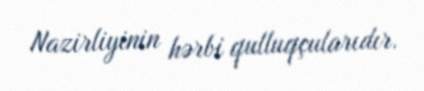
Nazirliyinin hərbi qulluqçularıdır.